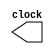
module clock #(parameter num = 10) (clock);

output reg clock;

initial
	clock = 0;

always
	begin
		#num clock = !clock; 
	end

endmodule